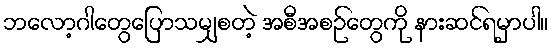
ဘလော့ဂါတွေပြောသမျှစတဲ့ အစီအစဉ်တွေကို နားဆင်ရမှာပါ။